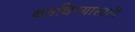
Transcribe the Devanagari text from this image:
वठविण्यासाठी